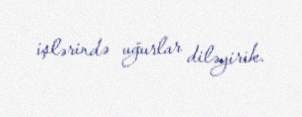
işlərində uğurlar diləyirik.